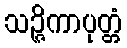
သဉ္ဇိကာပုတ္တံ